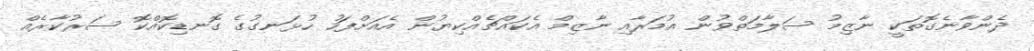
ދެންވާނެގޮތަކީ ނާޒިމު ސަލާމަތްވުން އުމަރާއި ނާޒިމް އެކައްޗެއްކިޔުން އެއަށްފަހު ހުޅަނގުގެ ގޮނޑިކޮއްކޮ ސަރުކާރެއް